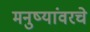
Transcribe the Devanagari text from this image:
मनुष्यांवरचे